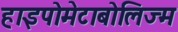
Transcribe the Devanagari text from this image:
हाइपोमेटाबोलिज्म